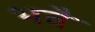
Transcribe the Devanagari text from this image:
भवै